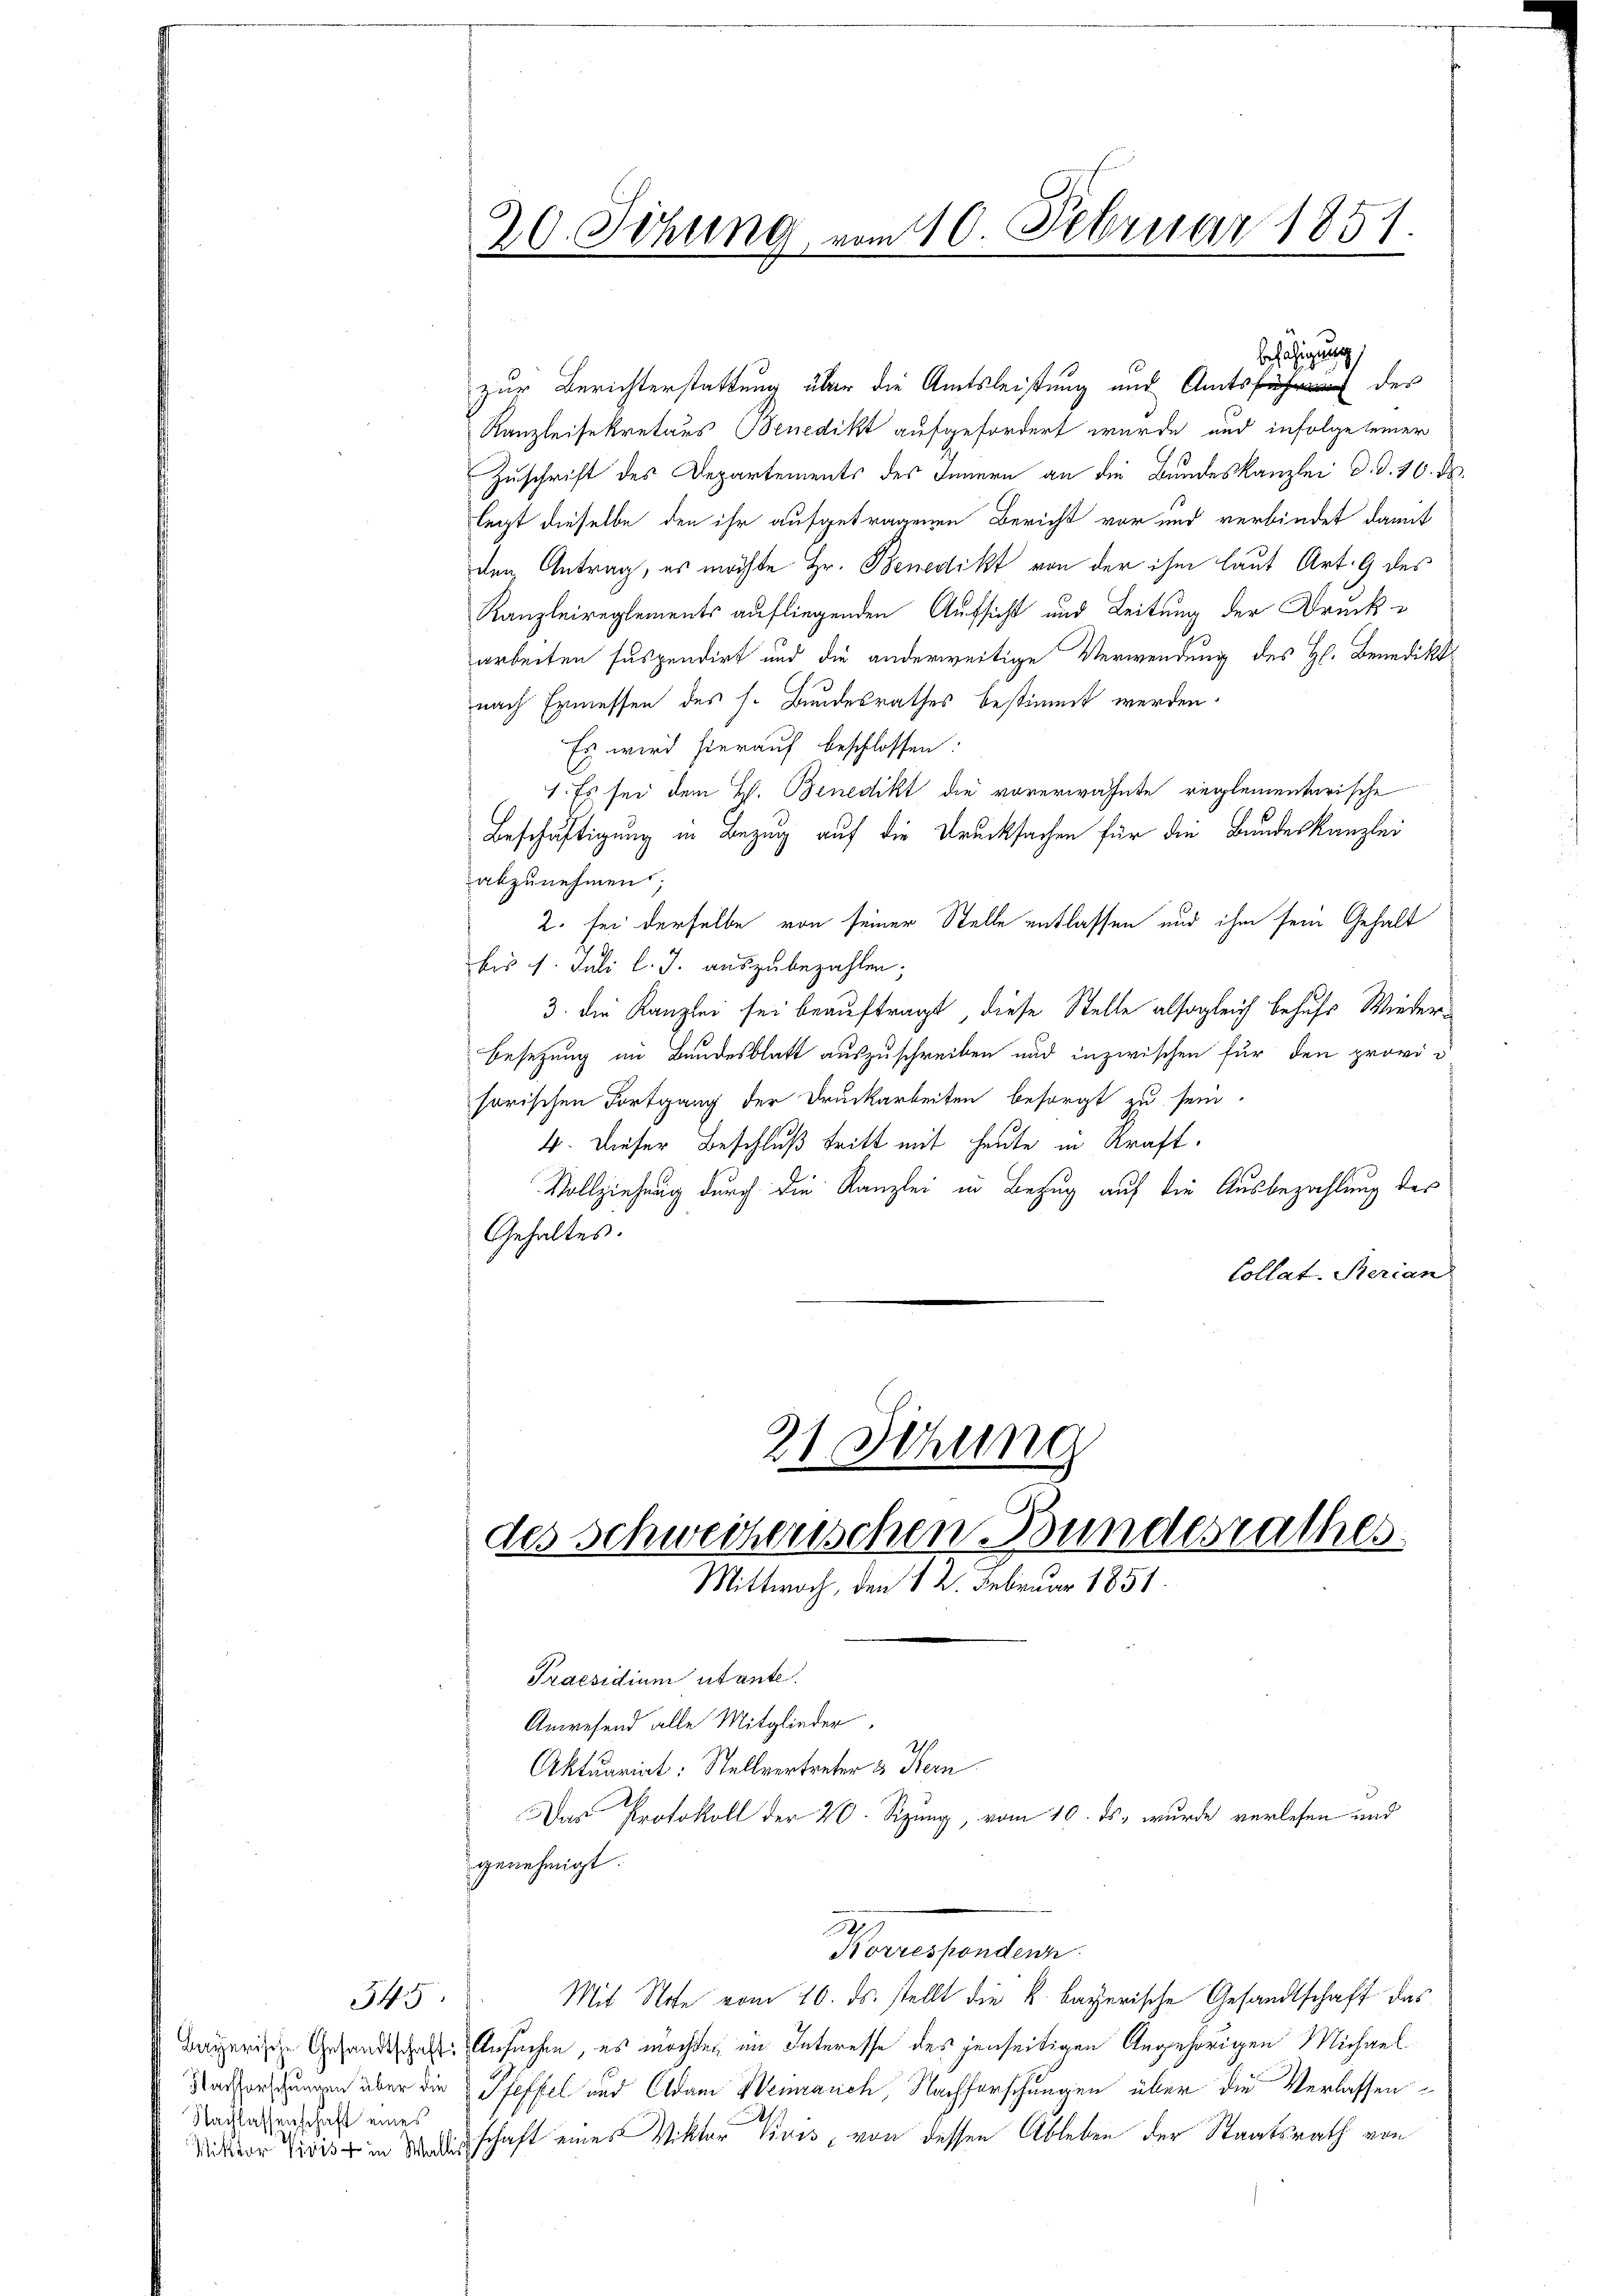
Bayerische Gesandtschaft:
Nachforschungen über die
Nachlassenschaft eines

545

zur Berichterstattung über die Amtsleistung und Amts des
Kanzleisekretärs Benedikt aufgefordert wurde und infolge seiner
Zuschrift des Departements des Innern an die Bundeskanzlei d. d. 16. d.
legt dieselbe den ihr aufgetragenen Bericht vor und verbindet damit
den Antrag, es möchte Hr. Benedikt von der ihm laut Art. 9 des
Kanzleireglements aufliegenden Aufsicht und Leitung der Druckarbeiten suspendirt und die anderweitige Verwendung des H. Benediktnach Ermessen des s. Bundesrathes bestimmt werden.
Es wird hierauf beschlossen:
1. Es sei dem H. Benedikt die vorerwähnte reglementarische
Beschäftigung in Bezug auf die Drucksachen für die Bundeskanzlei
abzunehmen;
2. sei derselbe von seiner Stelle entlassen und ihm sein Gehalt
bis 1. Juli l. J. auszubezahlen;
3. die Kanzlei sei beauftragt, diese Stelle alsogleich behufs Wieder¬
Besetzung im Bundesblatt auszuschreiben und inzwischen für den provi d
sorischen Fortgang der Druckarbeiten besorgt zu sein.
4. Dieser Beschluß tritt mit heute in Kraft.
Vollziehung durch die Kanzlei in Bezug auf die Ausbezahlung des
Gehaltes.
Collat. Rerian

20. Sitzung vom 10. Februar 1851.

21 Sitzung
des Schweizerischen Bundesrathes
Mittwoch, den 12. Februar 1851.

befähigung

Praesidium utante.
Anwesend alle Mitglieder.
211
Aktuariat: Stellvertreter & Stern
Das Protokoll der 20. Sizung, vom 10. ds. wurde verlesen und
genehmigt.
u
Korrespondenz
Mit Note vom 16. ds. stellt die k. bayerische Gesandtschaft das
Ansuchen, es möchten im Interesse des jenseitigen Angehörigen Michael
Pfeffel und Adam Weinrauch, Nachforschungen über die Verlassen
Mitter Trois in schaft eines Viktor Pivis, von dessen Ableben der Staatsrath von